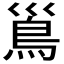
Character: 𩾣